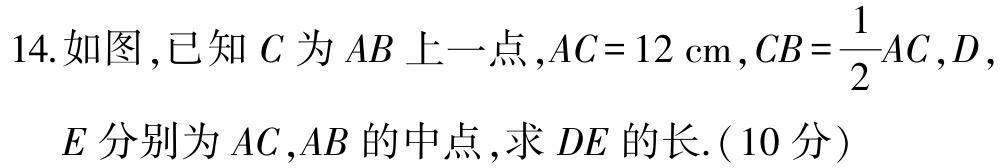
14.如图,已知\(C\)为\(AB\)上一点,\(AC = 12\mathrm{cm}\),\(CB=\frac{1}{2}AC\),\(D\),

\(E\)分别为\(AC\),\(AB\)的中点,求\(DE\)的长.(\(10\)分)